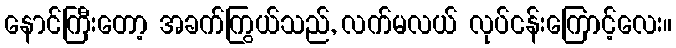
နောင်ကြီးတော့ အခက်ကြွယ်သည်, လက်မလယ် လုပ်ငန်းကြောင့်လေး။